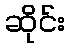
ဆိုင်း